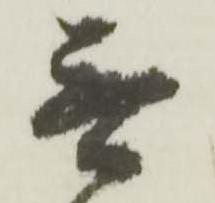
無